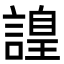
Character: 𧫍